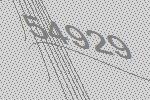
54929